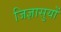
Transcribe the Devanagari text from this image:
जिज्ञासुयों